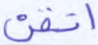
أتقن